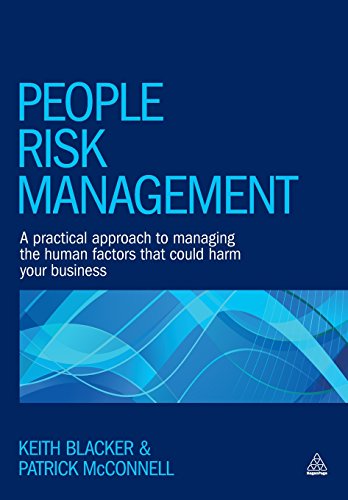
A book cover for People Risk Management: A Practical Approach to Managing the Human Factors That Could Harm Your Business; Keith Blacker; Business & Money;